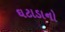
ઘટાડાનો